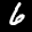
Label: 6